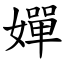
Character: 嬋